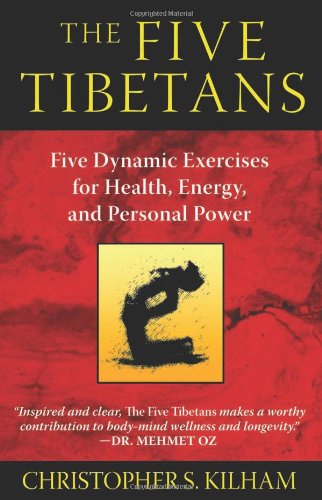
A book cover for The Five Tibetans: Five Dynamic Exercises for Health, Energy, and Personal Power; Christopher S. Kilham; Health, Fitness & Dieting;